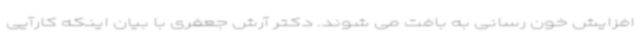
افزایش خون رسانی به بافت می شوند. دکتر آرش جعفری با بیان اینکه کارآیی